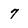
Character: 7